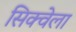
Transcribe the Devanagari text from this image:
सिक्वेला